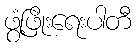
ဖွံ့ဖြိုးရေးပါတီ